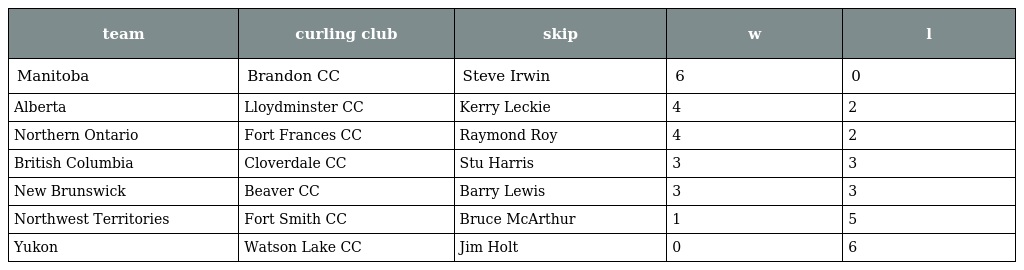
| team | curling club | skip | w | l |
 | --- | --- | --- | --- | --- |
 | Manitoba | Brandon CC | Steve Irwin | 6 | 0 |
 | Alberta | Lloydminster CC | Kerry Leckie | 4 | 2 |
 | Northern Ontario | Fort Frances CC | Raymond Roy | 4 | 2 |
 | British Columbia | Cloverdale CC | Stu Harris | 3 | 3 |
 | New Brunswick | Beaver CC | Barry Lewis | 3 | 3 |
 | Northwest Territories | Fort Smith CC | Bruce McArthur | 1 | 5 |
 | Yukon | Watson Lake CC | Jim Holt | 0 | 6 |